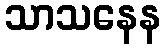
သာသနေန